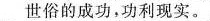
世俗的成功，功利现实。